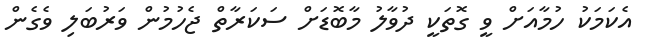
އެކަމަކު ހުމާއަށް ވީ ގޮތަކީ ދުވާލު މާބޮޑަށް ސަކަރާތް ޖެހުމުން ވަރުބަލި ވެެގެން